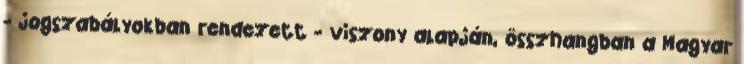
- jogszabályokban rendezett - viszony alapján, összhangban a Magyar